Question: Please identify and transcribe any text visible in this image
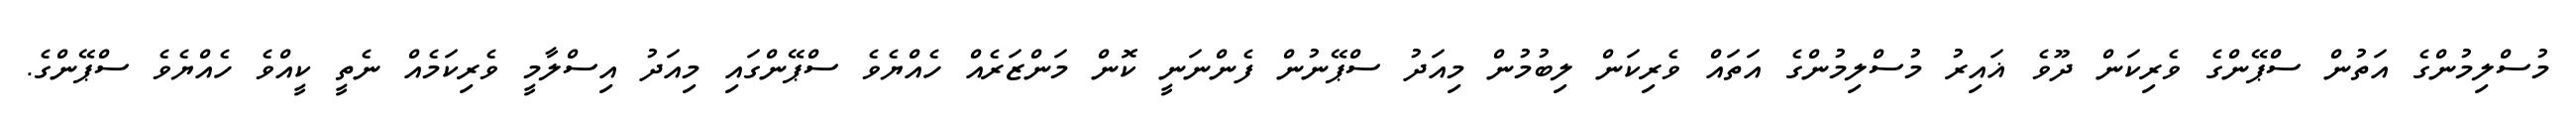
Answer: މުސްލިމުންގެ އަތުން ސްޕޭންގެ ވެރިކަން ދޫވެ ޣައިރު މުސްލިމުންގެ އަތައް ވެރިކަން ލިބުމުން މިއަދު ސްޕޭނުން ފެންނަނީ ކޮން މަންޒަރެއް ހެއްޔެވެ ސްޕޭންގައި މިއަދު އިސްލާމީ ވެރިކަމެއް ނެތީ ކީއްވެ ހެއްޔެވެ ސްޕޭންގެ.